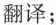
翻译；